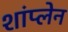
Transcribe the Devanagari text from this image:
शांप्लेन